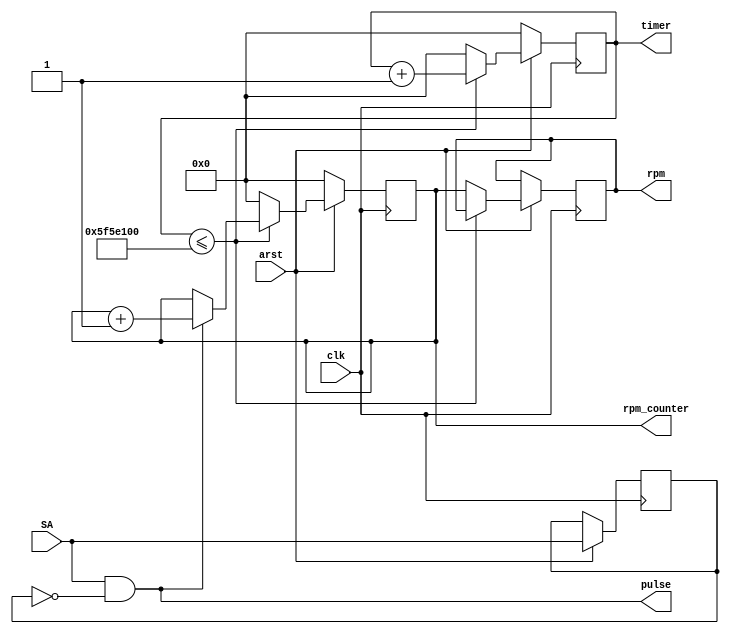
`timescale 1ns / 1ps
//////////////////////////////////////////////////////////////////////////////////
// Company: 
// 
// Design Name: 
// Module Name: RPMdetect
// Project Name: 
// Target Devices: 
// Tool Versions: 
// Description: 
// 
// Dependencies: 
// 
// Revision:
// Revision 0.01 - File Created
// Additional Comments:
// 
//////////////////////////////////////////////////////////////////////////////////


module RPMdetect(
    input clk,
    input arst,
    input SA,
    output reg [31:0] rpm,
    output reg [31:0] rpm_counter,
    output pulse,
    output [31:0] timer
    );
    
    reg SA_del;
    
    reg [31:0] time_counter;
    
    assign pulse = SA & ~SA_del;
    assign timer = time_counter;
    
    always @(posedge clk)
    begin
        if(arst == 1'b0)
        begin
            rpm_counter <= 32'b0;
            time_counter <= 32'b0;      
        end
        
        else
        begin
            SA_del <= SA;
            
            if(time_counter <= 32'b00000101111101011110000100000000)
            begin
                if(pulse == 1'b1)
                begin
                    rpm_counter <= rpm_counter + 1'b1;
                end
                
                else
                begin
                    rpm_counter <= rpm_counter;
                end
                
                time_counter <= time_counter + 1'b1;
                rpm <= rpm;
            end
            
            else
            begin
                rpm <= rpm_counter;
                time_counter <= 32'b0;
                rpm_counter <= 32'b0;
            end
        end
    end
    
endmodule